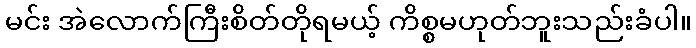
မင်း အဲလောက်ကြီးစိတ်တိုရမယ့် ကိစ္စမဟုတ်ဘူးသည်းခံပါ။